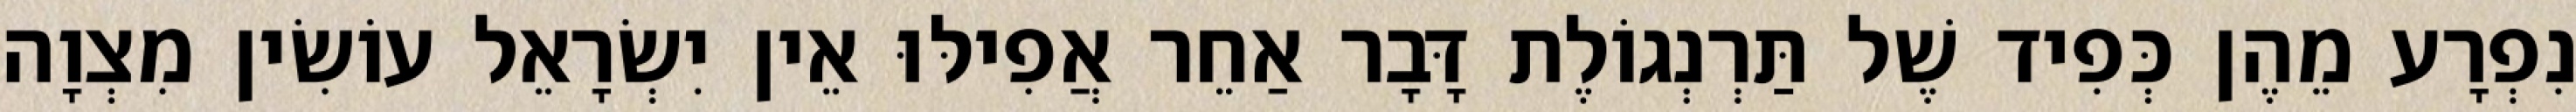
נִפְרָע מֵהֶן כְּפִיד שֶׁל תַּרְנְגוֹלֶת דָּבָר אַחֵר אֲפִילּוּ אֵין יִשְׂרָאֵל עוֹשִׂין מִצְוָה